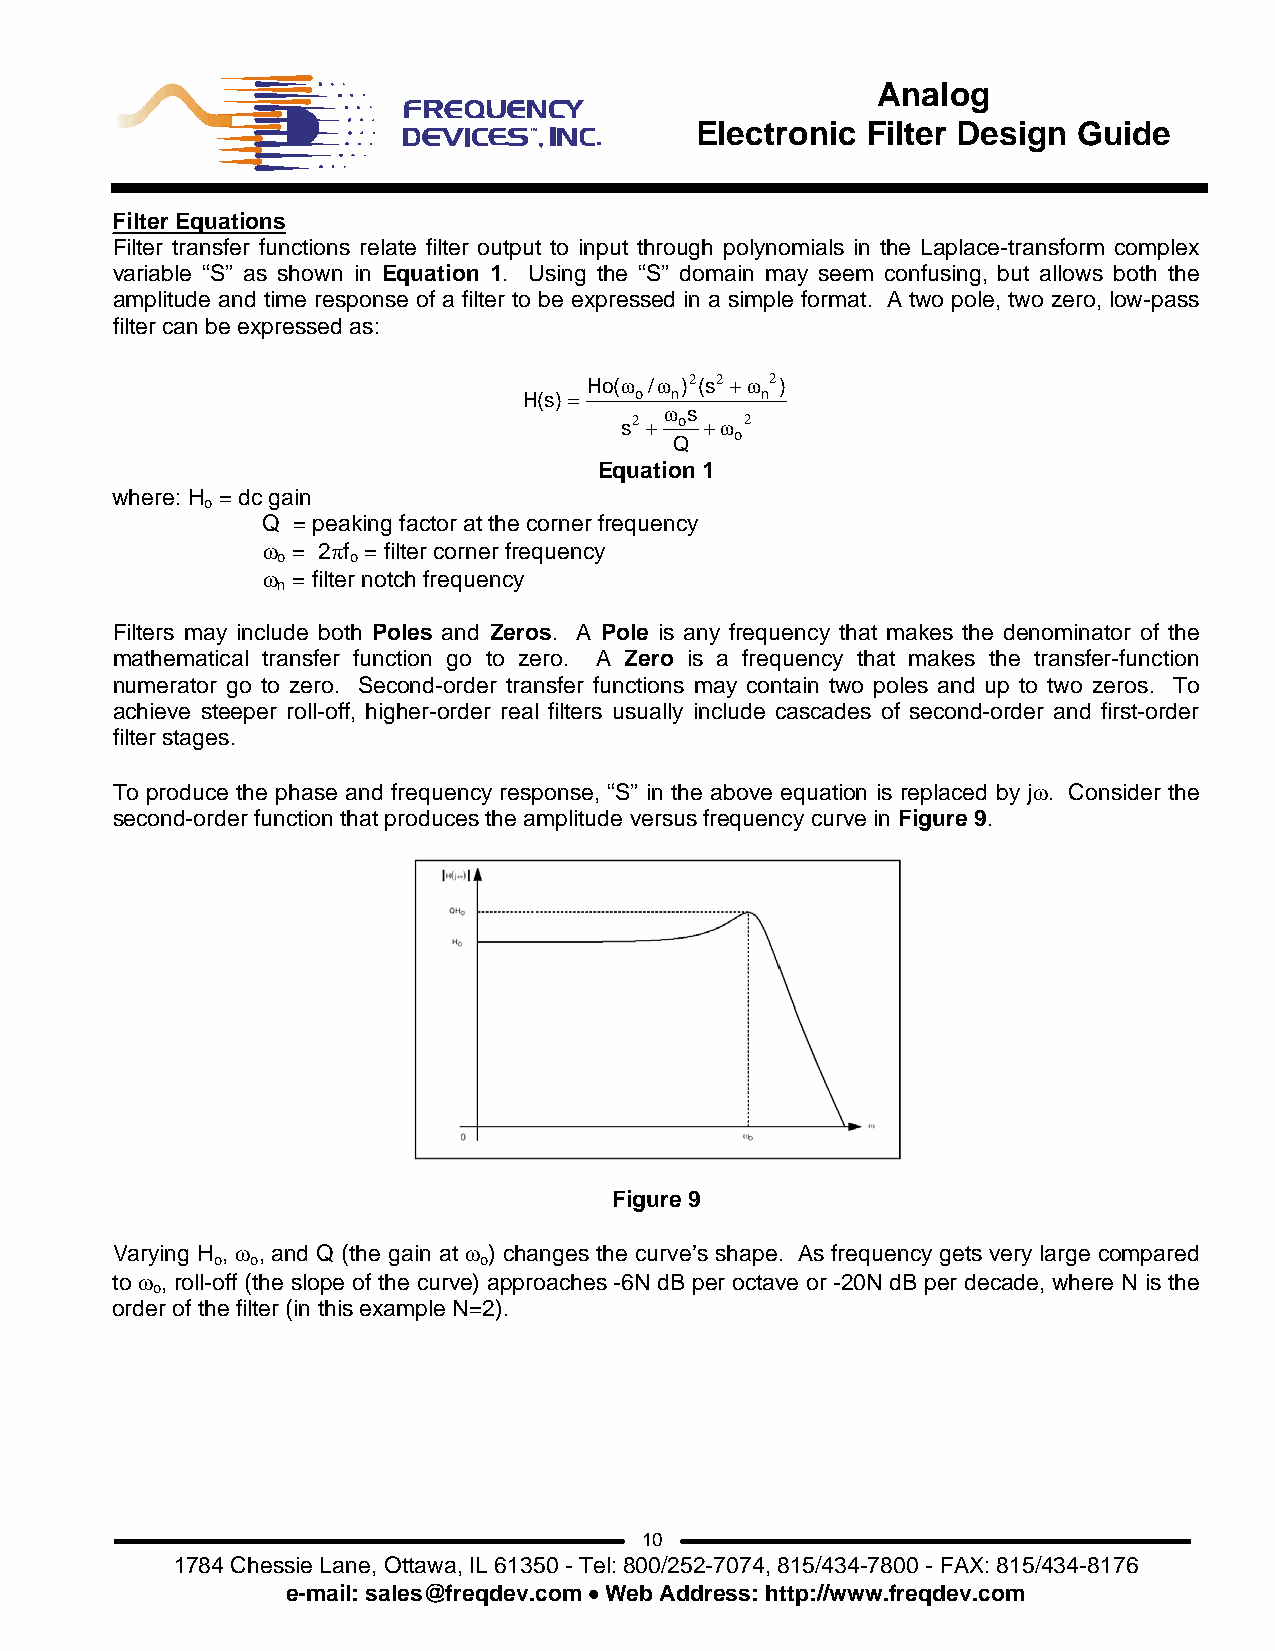
Analog
 Electronic Filter Design Guide
 Filter Equations
 Filter transfer functions relate filter output to input through polynomials in the Laplace-transform complex
 variable “S” as shown in Equation 1. Using the “S” domain may seem confusing, but allows both the
 amplitude and time response of a filter to be expressed in a simple format. A two pole, two zero, low-pass
 filter can be expressed as:
 Ho(ω /ω )2(s2 +ω 2)
 H(s)=  o n     n
 ω s
 s2 + o +ω 2
 o
 Q
 Equation 1
 where: H = dc gain
 o
 Q = peaking factor at the corner frequency
 ω = 2πf = filter corner frequency
 o    o
 ω = filter notch frequency
 n
 Filters may include both Poles and Zeros. A Pole is any frequency that makes the denominator of the
 mathematical transfer function go to zero. A Zero is a frequency that makes the transfer-function
 numerator go to zero. Second-order transfer functions may contain two poles and up to two zeros. To
 achieve steeper roll-off, higher-order real filters usually include cascades of second-order and first-order
 filter stages.
 To produce the phase and frequency response, “S” in the above equation is replaced by jω. Consider the
 second-order function that produces the amplitude versus frequency curve in Figure 9.
 Figure 9
 Varying H , ω , and Q (the gain at ω ) changes the curve’s shape. As frequency gets very large compared
 o  o              o
 to ω , roll-off (the slope of the curve) approaches -6N dB per octave or -20N dB per decade, where N is the
 o
 order of the filter (in this example N=2).
 10
 1784 Chessie Lane, Ottawa, IL 61350 - Tel: 800/252-7074, 815/434-7800 - FAX: 815/434-8176
 e-mail: sales@freqdev.com • Web Address: http://www.freqdev.com